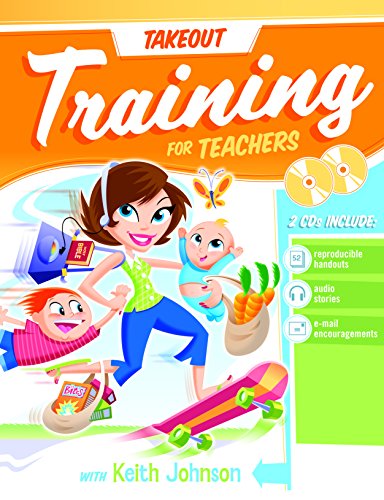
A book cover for Takeout Training for Teachers; Group Publishing; Christian Books & Bibles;